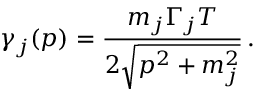
\gamma _ { j } ( p ) = \frac { m _ { j } \Gamma _ { j } T } { 2 \sqrt { p ^ { 2 } + m _ { j } ^ { 2 } } } \, .